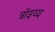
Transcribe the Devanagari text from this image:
त्रॉइय्य